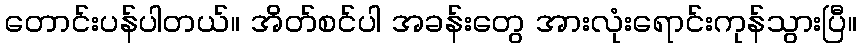
တောင်းပန်ပါတယ်။ အိတ်စင်ပါ အခန်းတွေ အားလုံးရောင်းကုန်သွားပြီ။